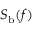
S _ { \mathrm { b } } ( f )